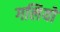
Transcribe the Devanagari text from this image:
गलियो